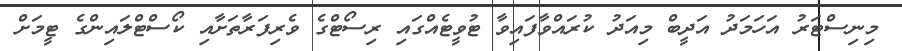
މިނިސްޓަރު އަހަމަދު އަދީބް މިއަދު ކުރައްވާފައިވާ ޓުވީޓެއްގައި ރިސޯޓްގެ ވެރިފަރާތަށާއި ކޯސްޓްލައިންގެ ޓީމަށް